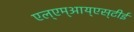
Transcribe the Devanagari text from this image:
एल्‌एम्‌आय्‌एस्‌टीई